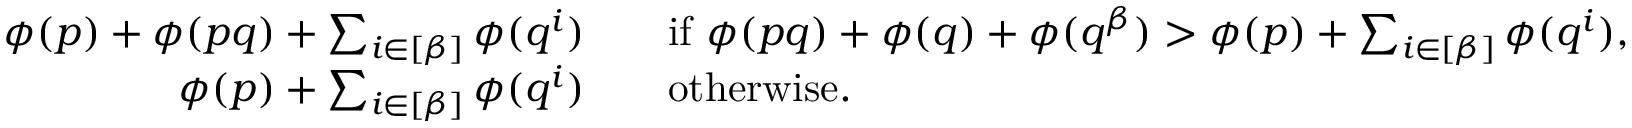
\begin{array} { r l } { \phi ( p ) + \phi ( p q ) + \sum _ { i \in [ \beta ] } \phi ( q ^ { i } ) } & { \quad \mathrm { i f ~ } \phi ( p q ) + \phi ( q ) + \phi ( q ^ { \beta } ) > \phi ( p ) + \sum _ { i \in [ \beta ] } \phi ( q ^ { i } ) , } \\ { \phi ( p ) + \sum _ { i \in [ \beta ] } \phi ( q ^ { i } ) } & { \quad \mathrm { o t h e r w i s e . } } \end{array}